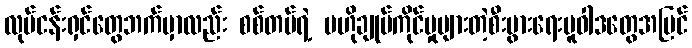
လုပ်ငန်းရှင်တွေဘက်မှာလည်း စစ်တပ်ရဲ့ ဗဟိုချုပ်ကိုင်မှုများတဲ့စီးပွားရေးမူဝါဒတွေအပြင်